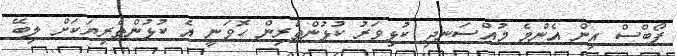
ފޯބްސް އިން އެންމެ މުއްސަނދި ކުޅިވަރު ކުޅުންތެރިން ހޮވަނީ އެ ކުޅުންތެރިޔަކަށް ލިބޭ